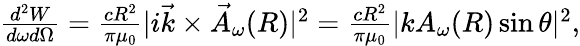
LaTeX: \begin{array}{r}{\frac{d^{2}W}{d\omega d\Omega}=\frac{cR^{2}}{\pi\mu_{0}}|i\vec{k}\times\vec{A}_{\omega}(R)|^{2}=\frac{cR^{2}}{\pi\mu_{0}}|kA_{\omega}(R)\sin\theta|^{2},}\end{array}